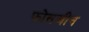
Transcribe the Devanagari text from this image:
फोसजीन